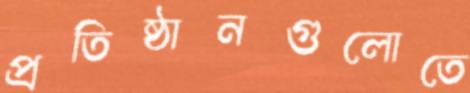
প্রতিষ্ঠানগুলোতে